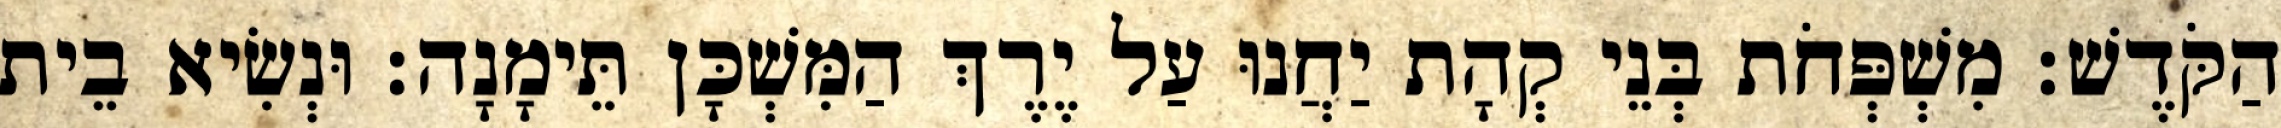
הַקֹּדֶשׁ׃ מִשְׁפְּחֹת בְּנֵי קְהָת יַחֲנוּ עַל יֶרֶךְ הַמִּשְׁכָּן תֵּימָנָה׃ וּנְשִׂיא בֵית